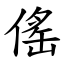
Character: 傜